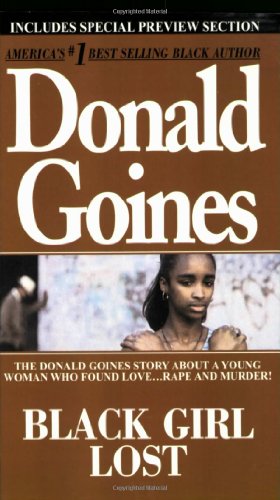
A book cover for Black Girl Lost; Donald Goines; Literature & Fiction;